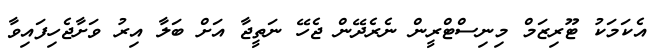
އެކަަމަކު ޓޫރިޒަމް މިނިސްޓްރީން ނެރެދޭން ޖެހޭ ނަތީޖާ އަށް ބަލާ އިރު ވަށާޖެހިފައިވާ